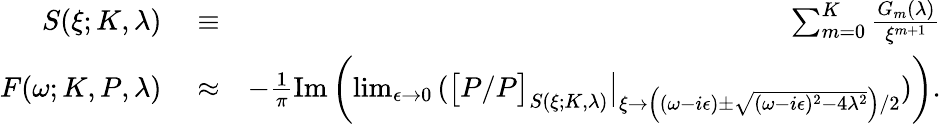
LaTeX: \begin{array}{rlr}{S(\xi;K,\lambda)}&{{}\equiv}&{\sum_{m=0}^{K}\frac{G_{m}(\lambda)}{\xi^{m+1}}}\\ {F(\omega;K,P,\lambda)}&{{}\approx}&{-\frac{1}{\pi}\mathrm{Im}\left(\operatorname*{lim}_{\epsilon\to 0}\left(\big[P/P\big]_{S(\xi;K,\lambda)}\big\vert_{\xi\to\left((\omega-i\epsilon)\pm\sqrt{(\omega-i\epsilon)^{2}-4\lambda^{2}}\right)/2}\right)\right).}\end{array}